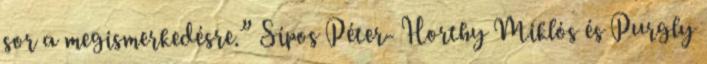
sor a megismerkedésre.” Sípos Péter- Horthy Miklós és Purgly